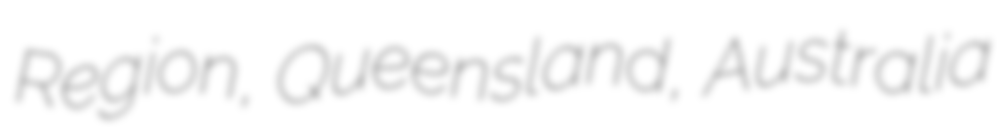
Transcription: Region, Queensland, Australia